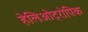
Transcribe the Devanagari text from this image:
हेलिओट्रोपिक